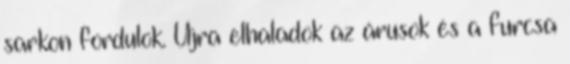
sarkon fordulok. Újra elhaladok az árusok és a furcsa